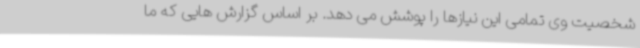
شخصیت وی تمامی این نیازها را پوشش می دهد. بر اساس گزارش هایی که ما